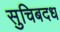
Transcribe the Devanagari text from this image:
सुचिबदध